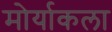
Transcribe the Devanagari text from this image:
मोर्याकला